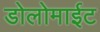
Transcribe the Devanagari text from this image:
डोलोमाईट